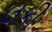
લકી